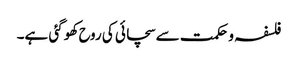
فلسفہ و حکمت سے سچائی کی روح کھو گئی ہے۔